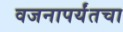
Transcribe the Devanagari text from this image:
वजनापर्यंतचा